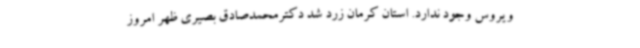
ویروس وجود ندارد. استان کرمان زرد شد دکترمحمدصادق بصیری ظهر امروز